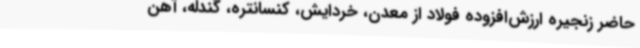
حاضر زنجیره ارزش‌افزوده فولاد از معدن، خردایش، کنسانتره، گندله، آهن